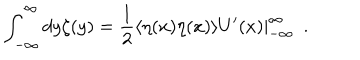
LaTeX: \int _ { - \infty } ^ { \infty } d y \zeta ( y ) = \frac { 1 } { 2 } \langle \eta ( x ) \eta ( x ) \rangle U ^ { \prime } ( x ) | _ { - \infty } ^ { \infty } \ \ .